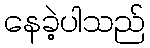
နေခဲ့ပါသည်